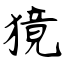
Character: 獍